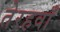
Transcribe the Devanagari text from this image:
तेरहवॉं